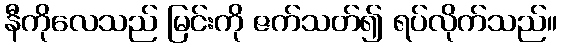
နီကိုလေသည် မြင်းကို ဇက်သတ်၍ ရပ်လိုက်သည်။